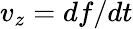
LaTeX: v_{z}=df/dt